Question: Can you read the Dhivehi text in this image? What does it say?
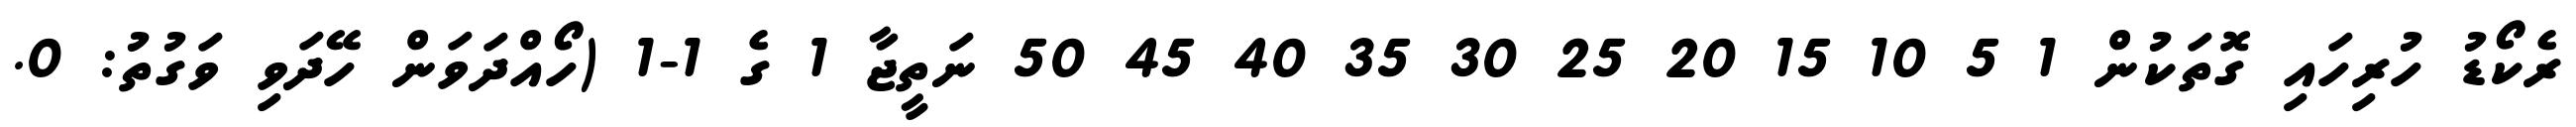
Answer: ރެކޯޑު ހުރިހައި ގޮތަކުން 1 5 10 15 20 25 30 35 40 45 50 ނަތީޖާ 1 ގެ 1-1 (ހޯއްދަވަން ހޭދަވި ވަގުތު: 0.